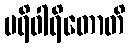
ပရိဝါရိတောတိ